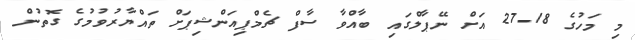
މި މަހުގެ 18-27 އަށް ނޭޕާލްގައި ބާއްވާ ސާފް ޗެމްޕިއަންޝިޕަށް ތައްޔާރުވުމުގެ ގޮތުން